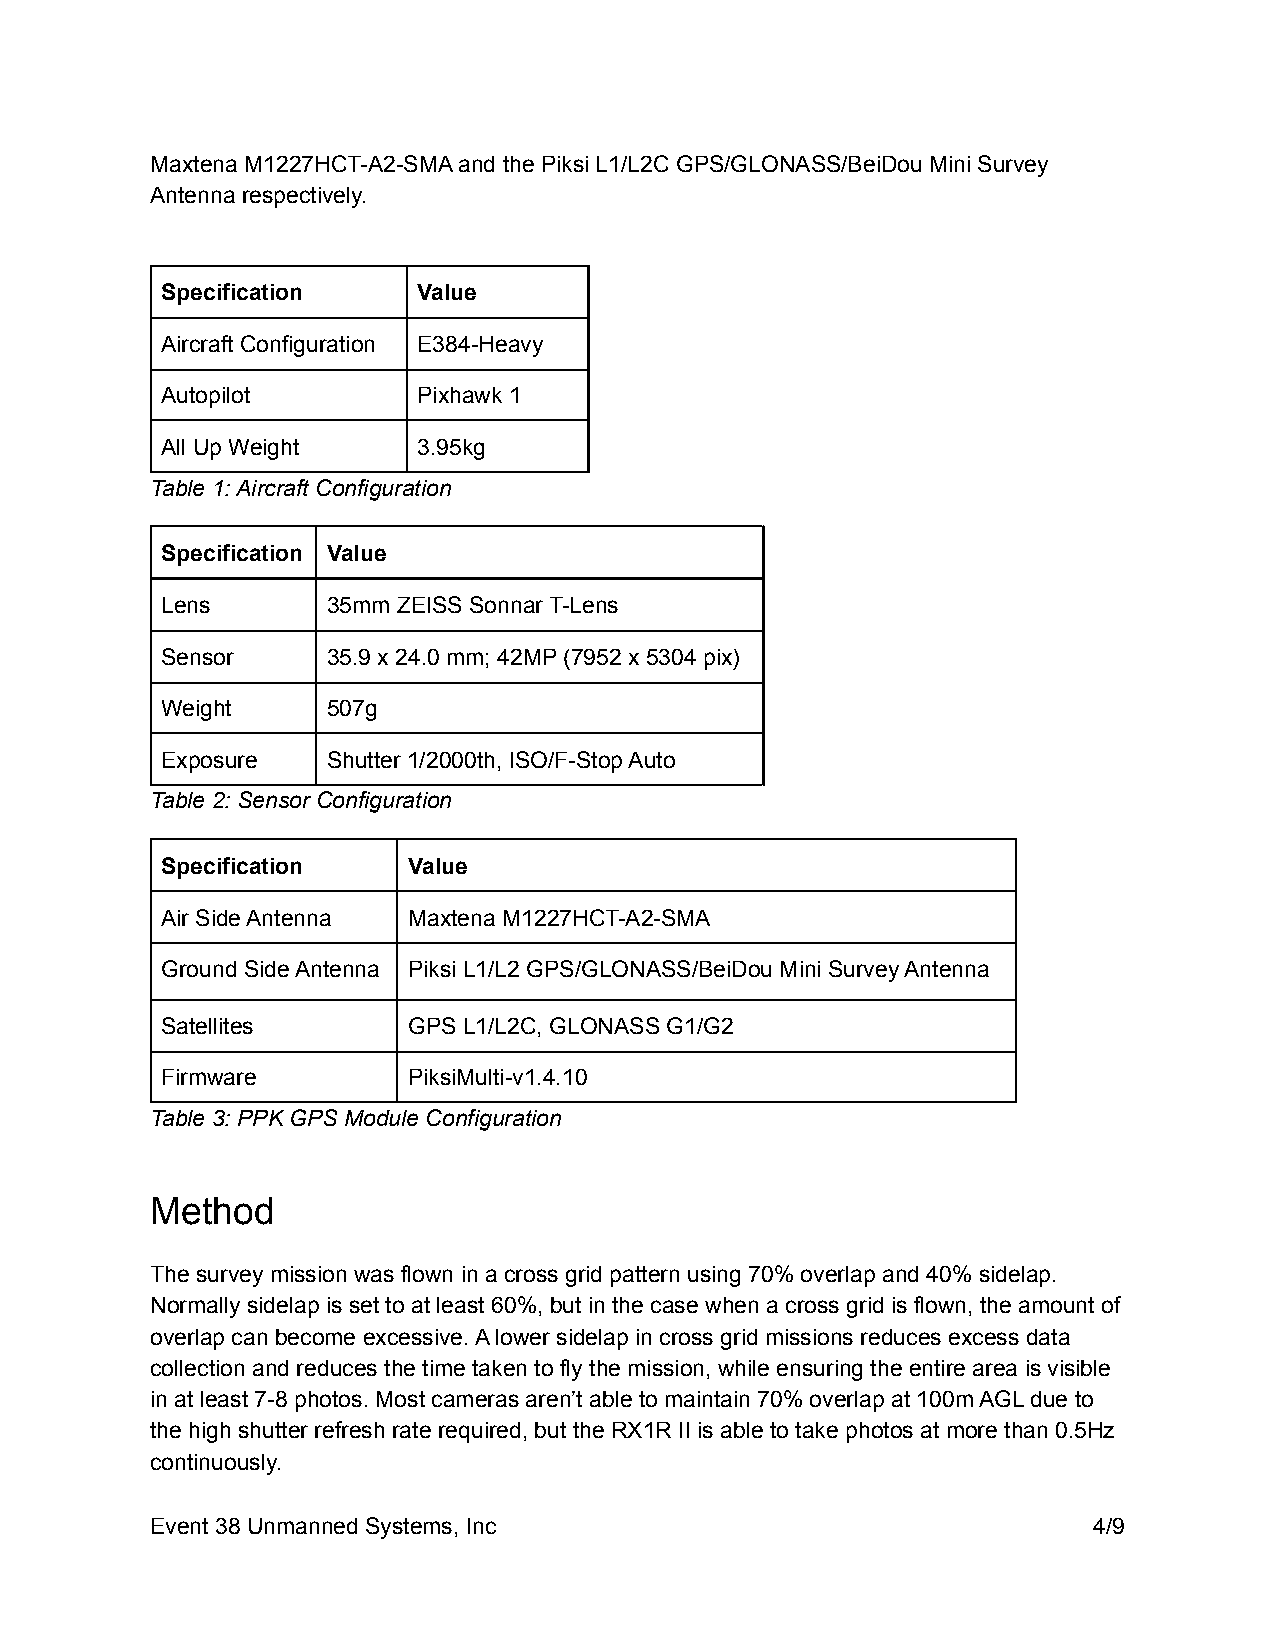
Maxtena M1227HCT-A2-SMA and the Piksi L1/L2C GPS/GLONASS/BeiDou Mini Survey
 Antenna respectively.
 Specification    Value
 Aircraft Configuration E384-Heavy
 Autopilot        Pixhawk 1
 All Up Weight    3.95kg
 Table 1: Aircraft Configuration
 Specification Value
 Lens       35mm ZEISS Sonnar T-Lens
 Sensor     35.9 x 24.0 mm; 42MP (7952 x 5304 pix)
 Weight     507g
 Exposure   Shutter 1/2000th, ISO/F-Stop Auto
 Table 2: Sensor Configuration
 Specification   Value
 Air Side Antenna Maxtena M1227HCT-A2-SMA
 Ground Side Antenna Piksi L1/L2 GPS/GLONASS/BeiDou Mini Survey Antenna
 Satellites      GPS L1/L2C, GLONASS G1/G2
 Firmware        PiksiMulti-v1.4.10
 Table 3: PPK GPS Module Configuration
 Method
 The survey mission was flown in a cross grid pattern using 70% overlap and 40% sidelap.
 Normally sidelap is set to at least 60%, but in the case when a cross grid is flown, the amount of
 overlap can become excessive. A lower sidelap in cross grid missions reduces excess data
 collection and reduces the time taken to fly the mission, while ensuring the entire area is visible
 in at least 7-8 photos. Most cameras aren’t able to maintain 70% overlap at 100m AGL due to
 the high shutter refresh rate required, but the RX1R II is able to take photos at more than 0.5Hz
 continuously.
 Event 38 Unmanned Systems, Inc                                4/9